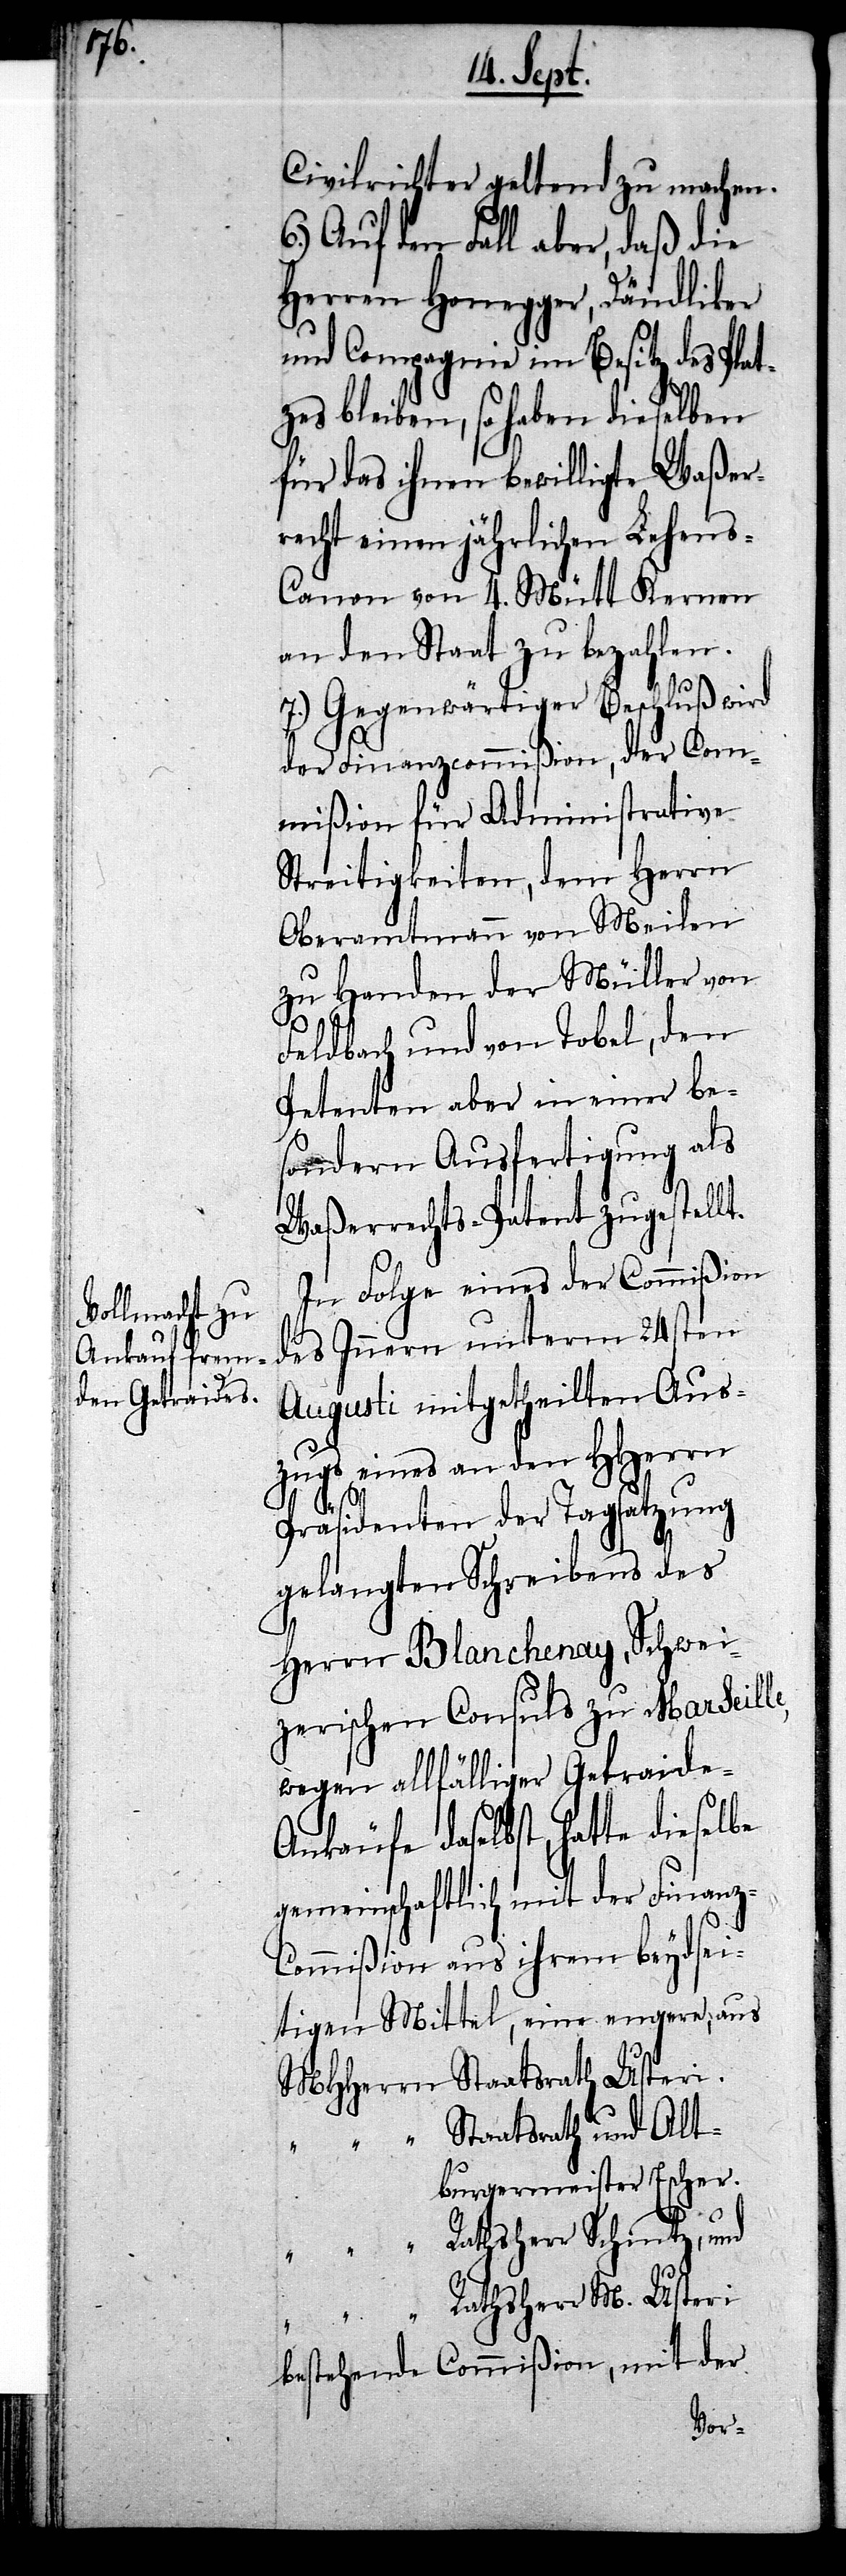
Civilrichter geltend zu machen.
6.) Auf den Fall aber, daß die
Herren Honegger, Dändliker
und Compagnie im Besitz des Plat¬
zes bleiben, so haben dieselben
für das ihnen bewilligte Waßer¬
recht einen jährlichen Lehens-C¬
anon von 4. Mütt Kernen
an den Staat zu bezahlen.
7.) Gegenwärtiger Beschluß wird
der Finanzcommißion, der Com¬
mißion für Administrative
Streitigkeiten, dem Herrn
Oberamtmann von Meilen
zu Handen der Müller von
Feldbach und von Tobel, den
Petenten aber in einer be¬
sondern Ausfertigung als
Waßerrechts-Patent zugestellt.
In Folge eines der Commißion
des Innern unterm 24sten
Augusti mitgetheilten Aus¬
zugs eines an den HHerrn
Präsidenten der Tagsatzung
gelangten Schreibens des
Herrn Blanchenay, Schwei¬
zerischen Consuls zu Marseille,
wegen allfälliger Getraide-A¬
nkäufe daselbst, hatte dieselbe
gemeinschaftlich mit der Finanz-C¬
ommißion aus ihrem beydsei¬
tigen Mittel, eine engere, aus
MHHerrn Staatsrath Usteri.
“ Staatsrath und Alt¬
burgermeister Escher.
“ Rathsherr Schintz, und
“ Rathsherr M. Usteri
bestehende Commißion, mit der